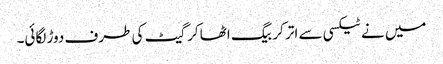
میں نے ٹیکسی سے اتر کر بیگ اٹھا کر گیٹ کی طرف دوڑ لگائی۔